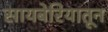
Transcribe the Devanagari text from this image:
सायबेरियातून